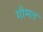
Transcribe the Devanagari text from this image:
गौमत